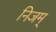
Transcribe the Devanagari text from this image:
निजम्